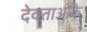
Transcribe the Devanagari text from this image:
देवताओंके